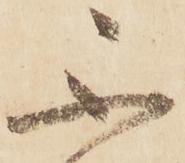
不